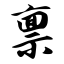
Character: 禀